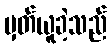
မှတ်ယူခဲ့သည်